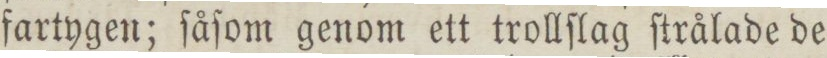
fartygen; ſåſom genom ett trollſlag ſtrålade de